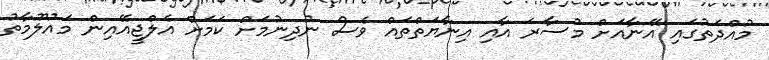
މުއްދަތުގައި އޭނާއަށް މުސާރަ އާއި އިނާޔަތްތައް ވެސް ނުދިނުމަށް ކަމަށް އެލްޖީއޭއިން މައުލޫމާތު